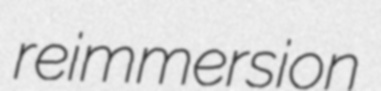
reimmersion